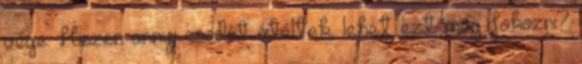
vége. Hiszen annyi csodát átéltek, lehet ezt még fokozni?